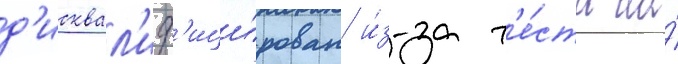
д'исквал'иф'ици́рован и́з-за т'е́ста на́